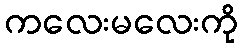
ကလေးမလေးကို